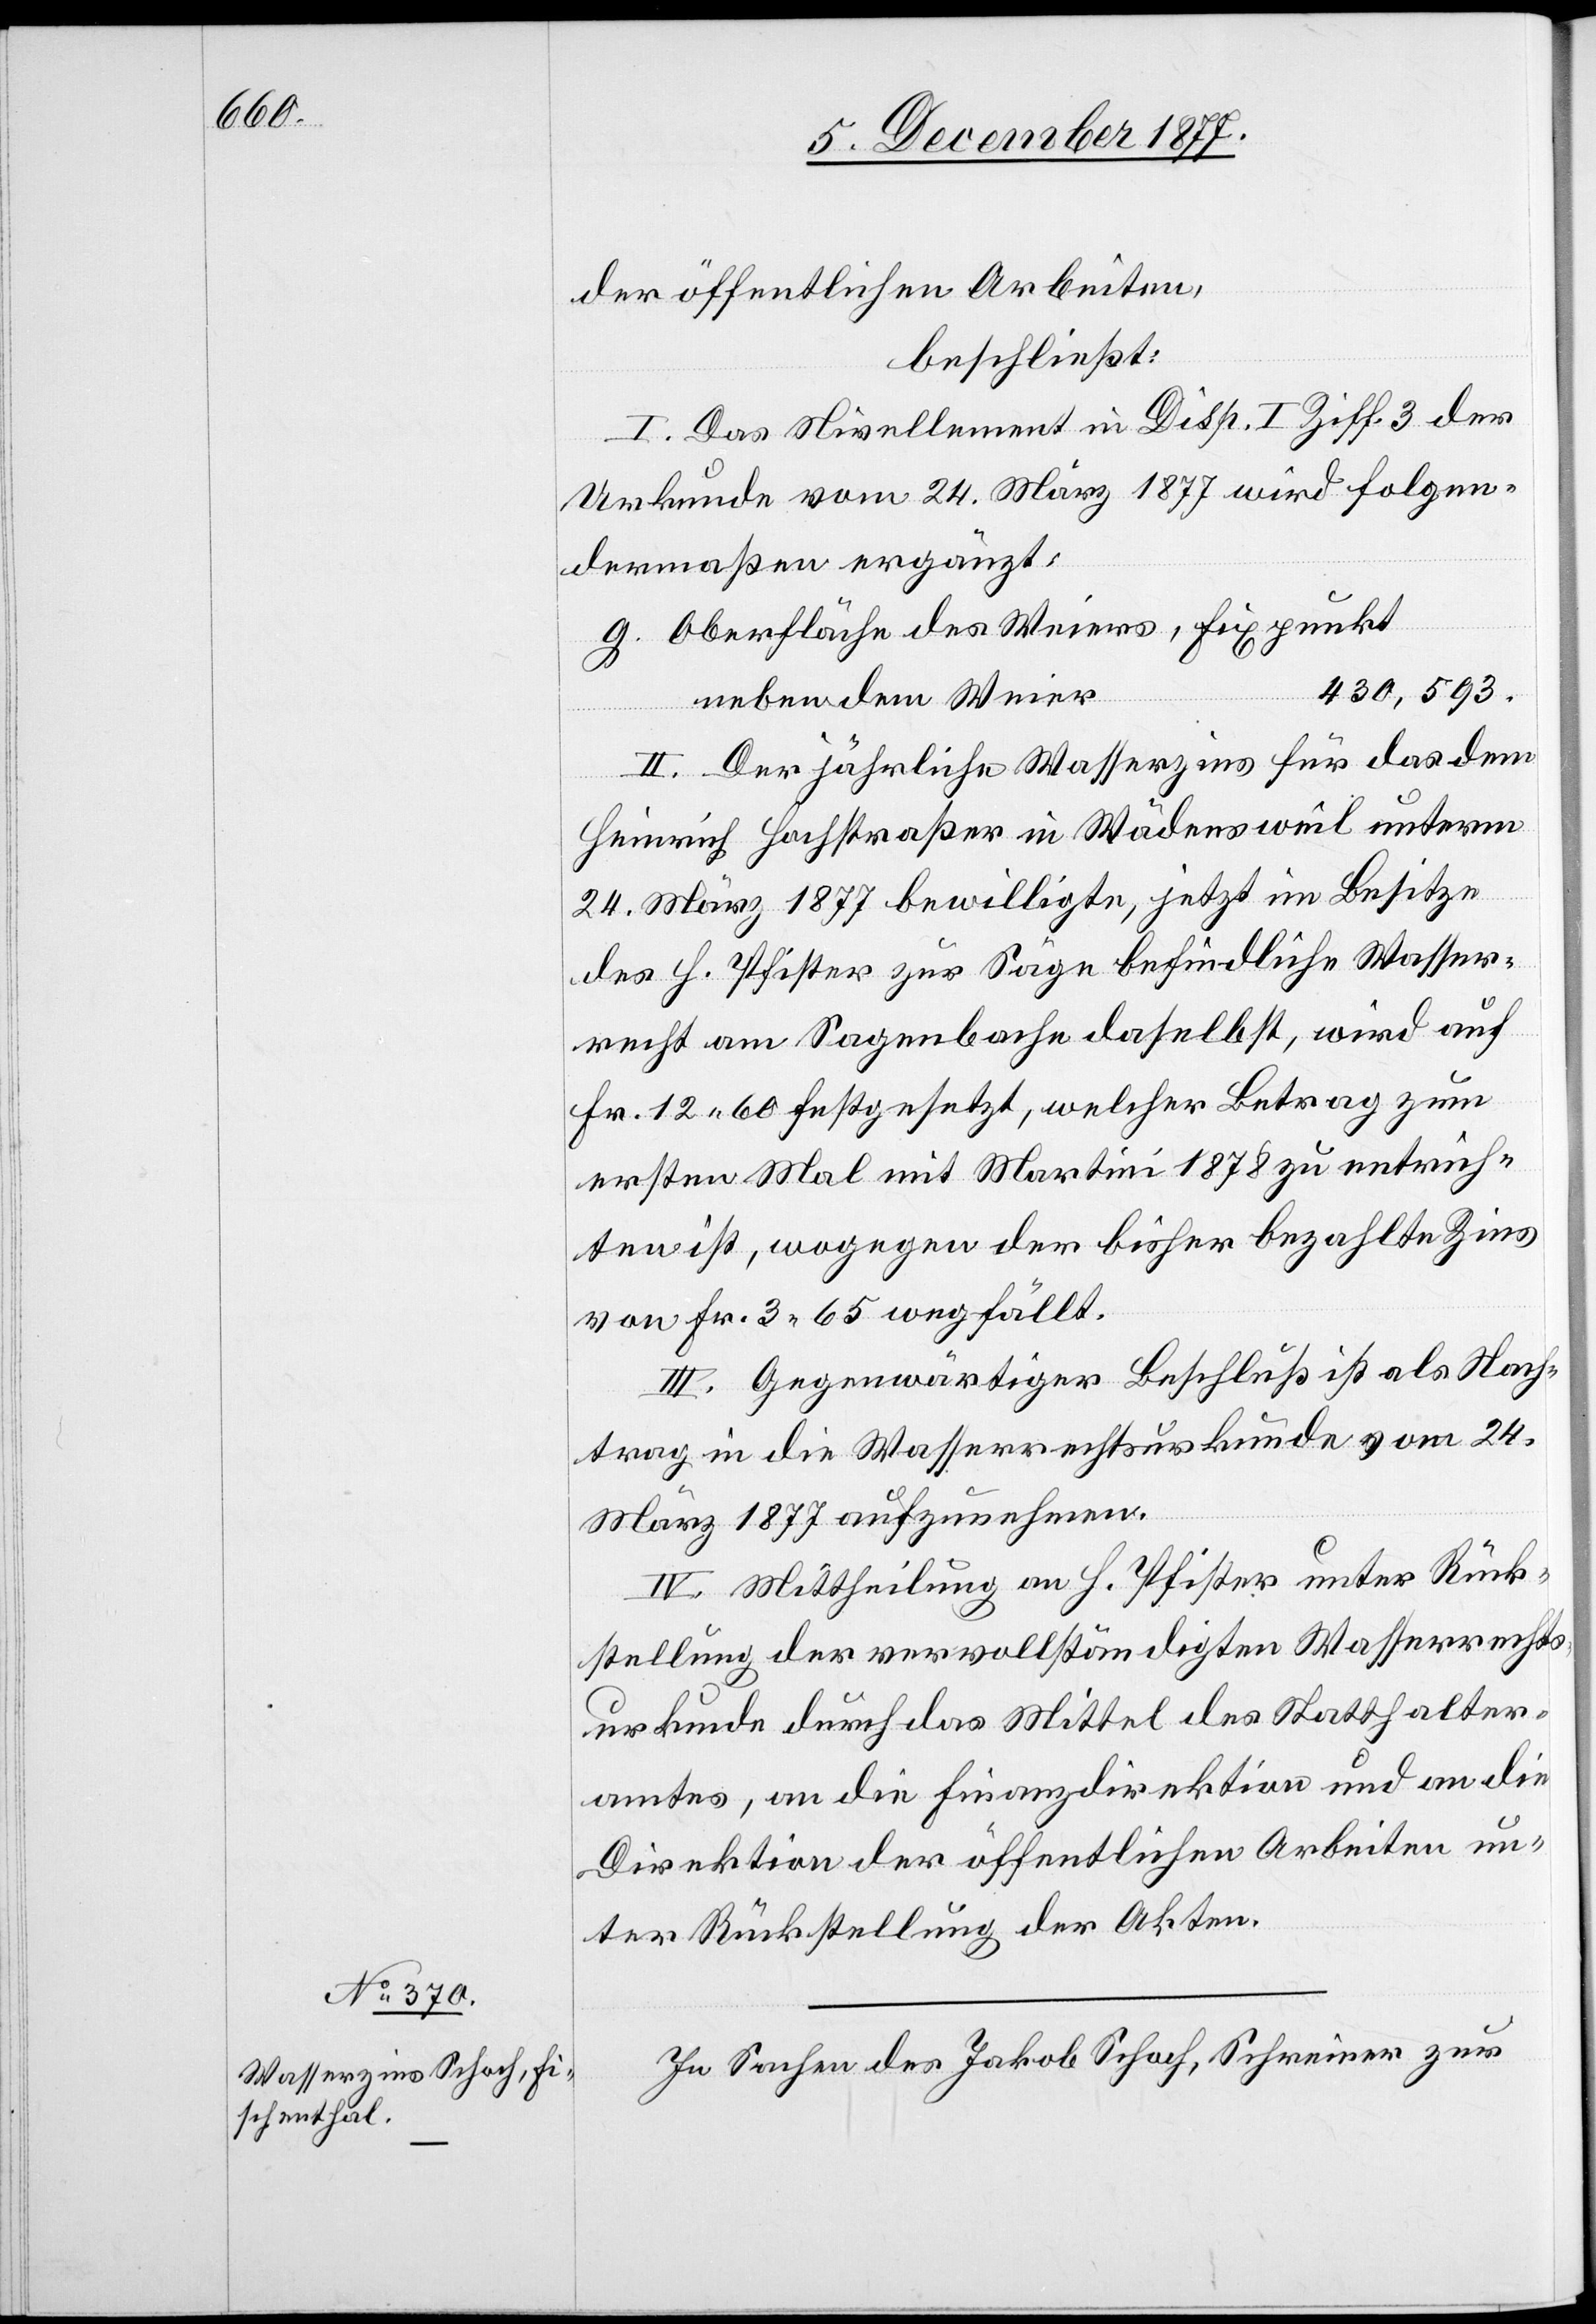
der öffentlichen Arbeiten,
beschließt:
I. Das Nivellement in Disp. I Ziff. 3 der
Urkunde vom 24. März 1877 wird folgen¬
dermaßen ergänzt:
g.
Oberfläche des Weiers, Fixpunkt
430,593.
neben dem Weier
II. Der jährliche Wasserzins für das dem
Heinrich Hochstraßer in Wädensweil unterm
24. März 1877 bewilligte, jetzt im Besitze
des H. Pfister zur Säge befindliche Wasser¬
recht am Sagenbache daselbst, wird auf
Fr. 12 60 festgesetzt, welcher Betrag zum
ersten Mal mit Martini 1878 zu entrich¬
ten ist, wogegen der bisher bezahlte Zins
von Fr. 3 65 wegfällt.
III. Gegenwärtiger Beschluß ist als Nach¬
trag in die Wasserrechtsurkunde vom 24.
März 1877 aufzunehmen.
IV. Mittheilung an H. Pfister unter Rück¬
stellung der vervollständigten Wasserrechts¬
urkunde durch das Mittel des Statthalter¬
amtes, an die Finanzdirektion und an die
Direktion der öffentlichen Arbeiten un¬
ter Rückstellung der Akten.
In Sachen des Jakob Schoch, Schreiner zur